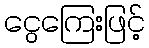
ငွေကြေးဖြင့်